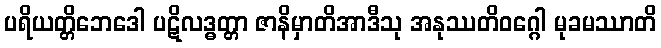
ပရိယတ္တိဘေဒေါ ပဋိလဒ္ဓတ္တာ ဇာနိမှာတိအာဒီသု အနုဿတိဝဂ္ဂေါ မုခမဿာတိ